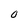
Character: O